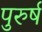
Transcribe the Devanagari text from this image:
पुरुर्ष